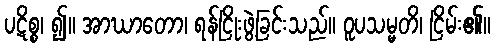
ပဋိစ္စ၊ ၍။ အာဃာတော၊ ရန်ငြိုးဖွဲ့ခြင်းသည်။ ဝူပသမ္မတိ၊ ငြိမ်း၏။